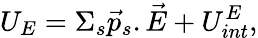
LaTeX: U_{E}=\Sigma_{s}\vec{p}_{s}.\vec{E}+U_{int}^{E},